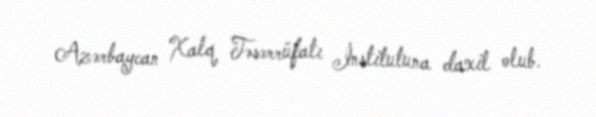
Azərbaycan Xalq Təsərrüfatı İnstitutuna daxil olub.